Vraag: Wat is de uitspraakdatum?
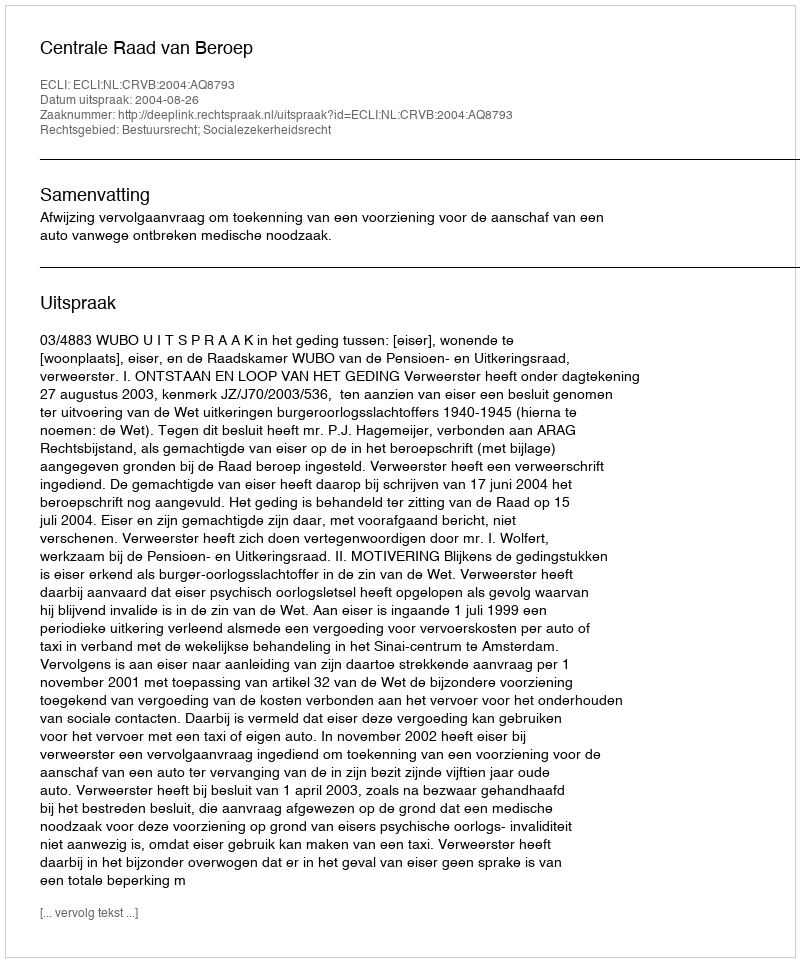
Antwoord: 2004-08-26